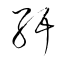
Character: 紆